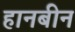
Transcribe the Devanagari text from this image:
हानबीन